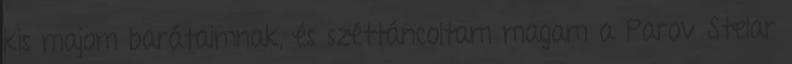
kis majom barátaimnak, és széttáncoltam magam a Parov Stelar